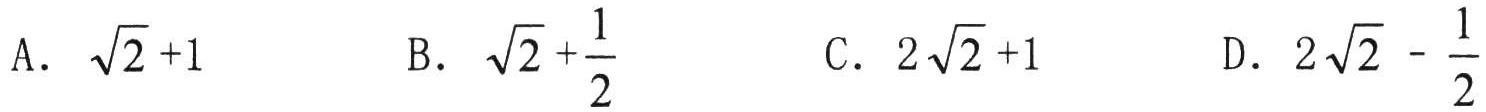
A. $\sqrt{2}+1$

B. $\sqrt{2}+\frac{1}{2}$

C. $2\sqrt{2}+1$

D. $2\sqrt{2}-\frac{1}{2}$